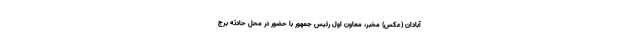
آبادان (عکس) مخبر، معاون اول رئیس جمهور با حضور در محل حادثه برج